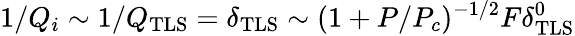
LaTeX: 1/Q_{i}\sim 1/Q_{\mathrm{TLS}}=\delta_{\mathrm{TLS}}\sim(1+P/P_{c})^{-1/2}F\delta_{\mathrm{TLS}}^{0}